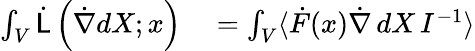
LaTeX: \begin{array}{rl}{\int_{V}{\dot{\mathsf{L}}}\left({\dot{\nabla}}dX;x\right)}&{{}=\int_{V}\langle{\dot{F}}(x){\dot{\nabla}}\, dX\, I^{-1}\rangle}\end{array}